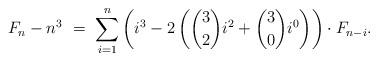
LaTeX: \begin{align*}F_n - n^3 \ = \ \sum_{i=1}^{n} \left(i^3 - 2\left( \binom{3}{2}i^2+\binom{3}{0}i^0\right)\right) \cdot F_{n-i}.\end{align*}